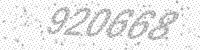
Solution: 920668